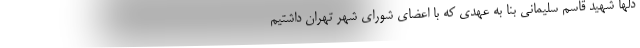
دلها شهید قاسم سلیمانی بنا به عهدی که با اعضای شورای شهر تهران داشتیم